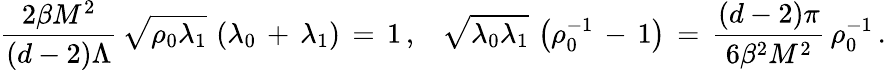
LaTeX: \frac{2\beta M^{2}}{(d-2)\Lambda}\, \sqrt{\rho_{0}\lambda_{1}}\, \left(\lambda_{0}\, +\, \lambda_{1}\right)\, =\, 1\, {,}\quad\sqrt{\lambda_{0}\lambda_{1}}\, \left(\rho_{0}^{-1}\, -\, 1\right)\, =\, \frac{(d-2)\pi}{6\beta^{2}M^{2}}\, \rho_{0}^{-1}\, {.}